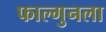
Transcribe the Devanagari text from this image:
फाल्गुनला